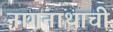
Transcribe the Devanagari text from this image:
नागनाथाची